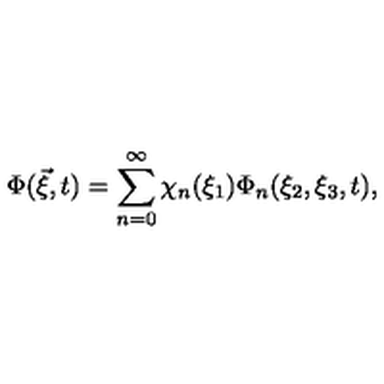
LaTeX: \Phi ( \vec { \xi } , t ) = \sum _ { n = 0 } ^ { \infty } \chi _ { n } ( \xi _ { 1 } ) \Phi _ { n } ( \xi _ { 2 } , \xi _ { 3 } , t ) ,